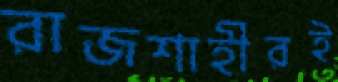
রাজশাহীরই